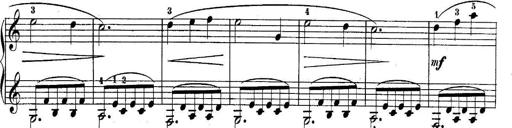
Title: 10 Sonatines progressives
Composer: Anton Schmoll